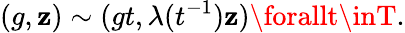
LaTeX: (g,\mathbf{z})\sim(gt,\lambda(t^{-1})\mathbf{z})\forallt\inT.